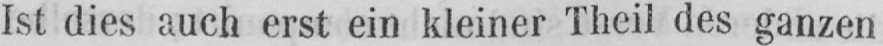
Ist dies auch erst ein kleiner Theil des ganzen